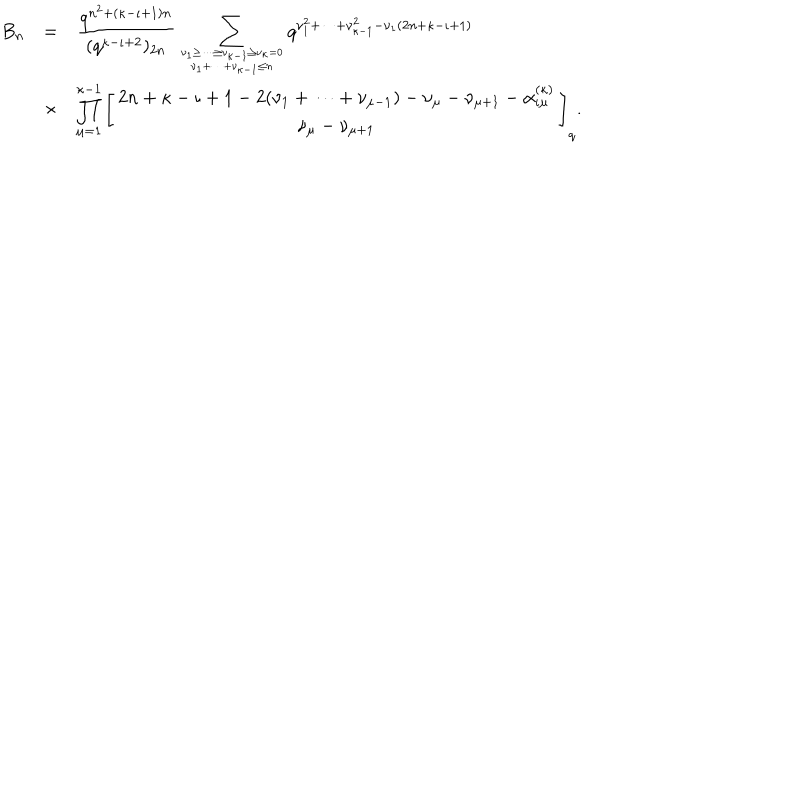
\begin{array} { r c l } { { B _ { n } } } & { { = } } & { { \displaystyle \frac { q ^ { n ^ { 2 } + ( \kappa - \iota + 1 ) n } } { ( q ^ { \kappa - \iota + 2 } ) _ { 2 n } } \sum _ { { \nu _ { 1 } \geq \cdots \geq \nu _ { \kappa - 1 } \geq \nu _ { \kappa } = 0 } \atop { \nu _ { 1 } + \cdots + \nu _ { \kappa - 1 } \leq n } } q ^ { \nu _ { 1 } ^ { 2 } + \cdots + \nu _ { \kappa - 1 } ^ { 2 } - \nu _ { 1 } ( 2 n + \kappa - \iota + 1 ) } } } \\ { { } } & { { \times } } & { { \displaystyle \prod _ { \mu = 1 } ^ { \kappa - 1 } \left[ \begin{array} { c } { { 2 n + \kappa - \iota + 1 - 2 ( \nu _ { 1 } + \cdots + \nu _ { \mu - 1 } ) - \nu _ { \mu } - \nu _ { \mu + 1 } - \alpha _ { \iota \mu } ^ { ( \kappa ) } } } \\ { { \nu _ { \mu } - \nu _ { \mu + 1 } } } \\ \end{array} \right] _ { q } . } } \\ \end{array}